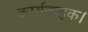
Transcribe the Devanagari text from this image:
कार्यवाहक।